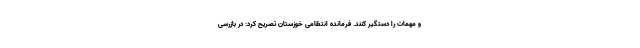
و مهمات را دستگیر کنند. فرمانده انتظامی خوزستان تصریح کرد: در بازرسی